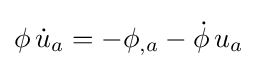
\phi \,{\dot {u}}_{a}=-\phi _{,a}-{\dot {\phi }}\,u_{a}